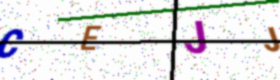
Text: CEJJ